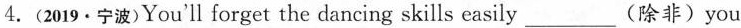
4.(2019·宁波)You'll forget the dancing skills easily___ (除非)you